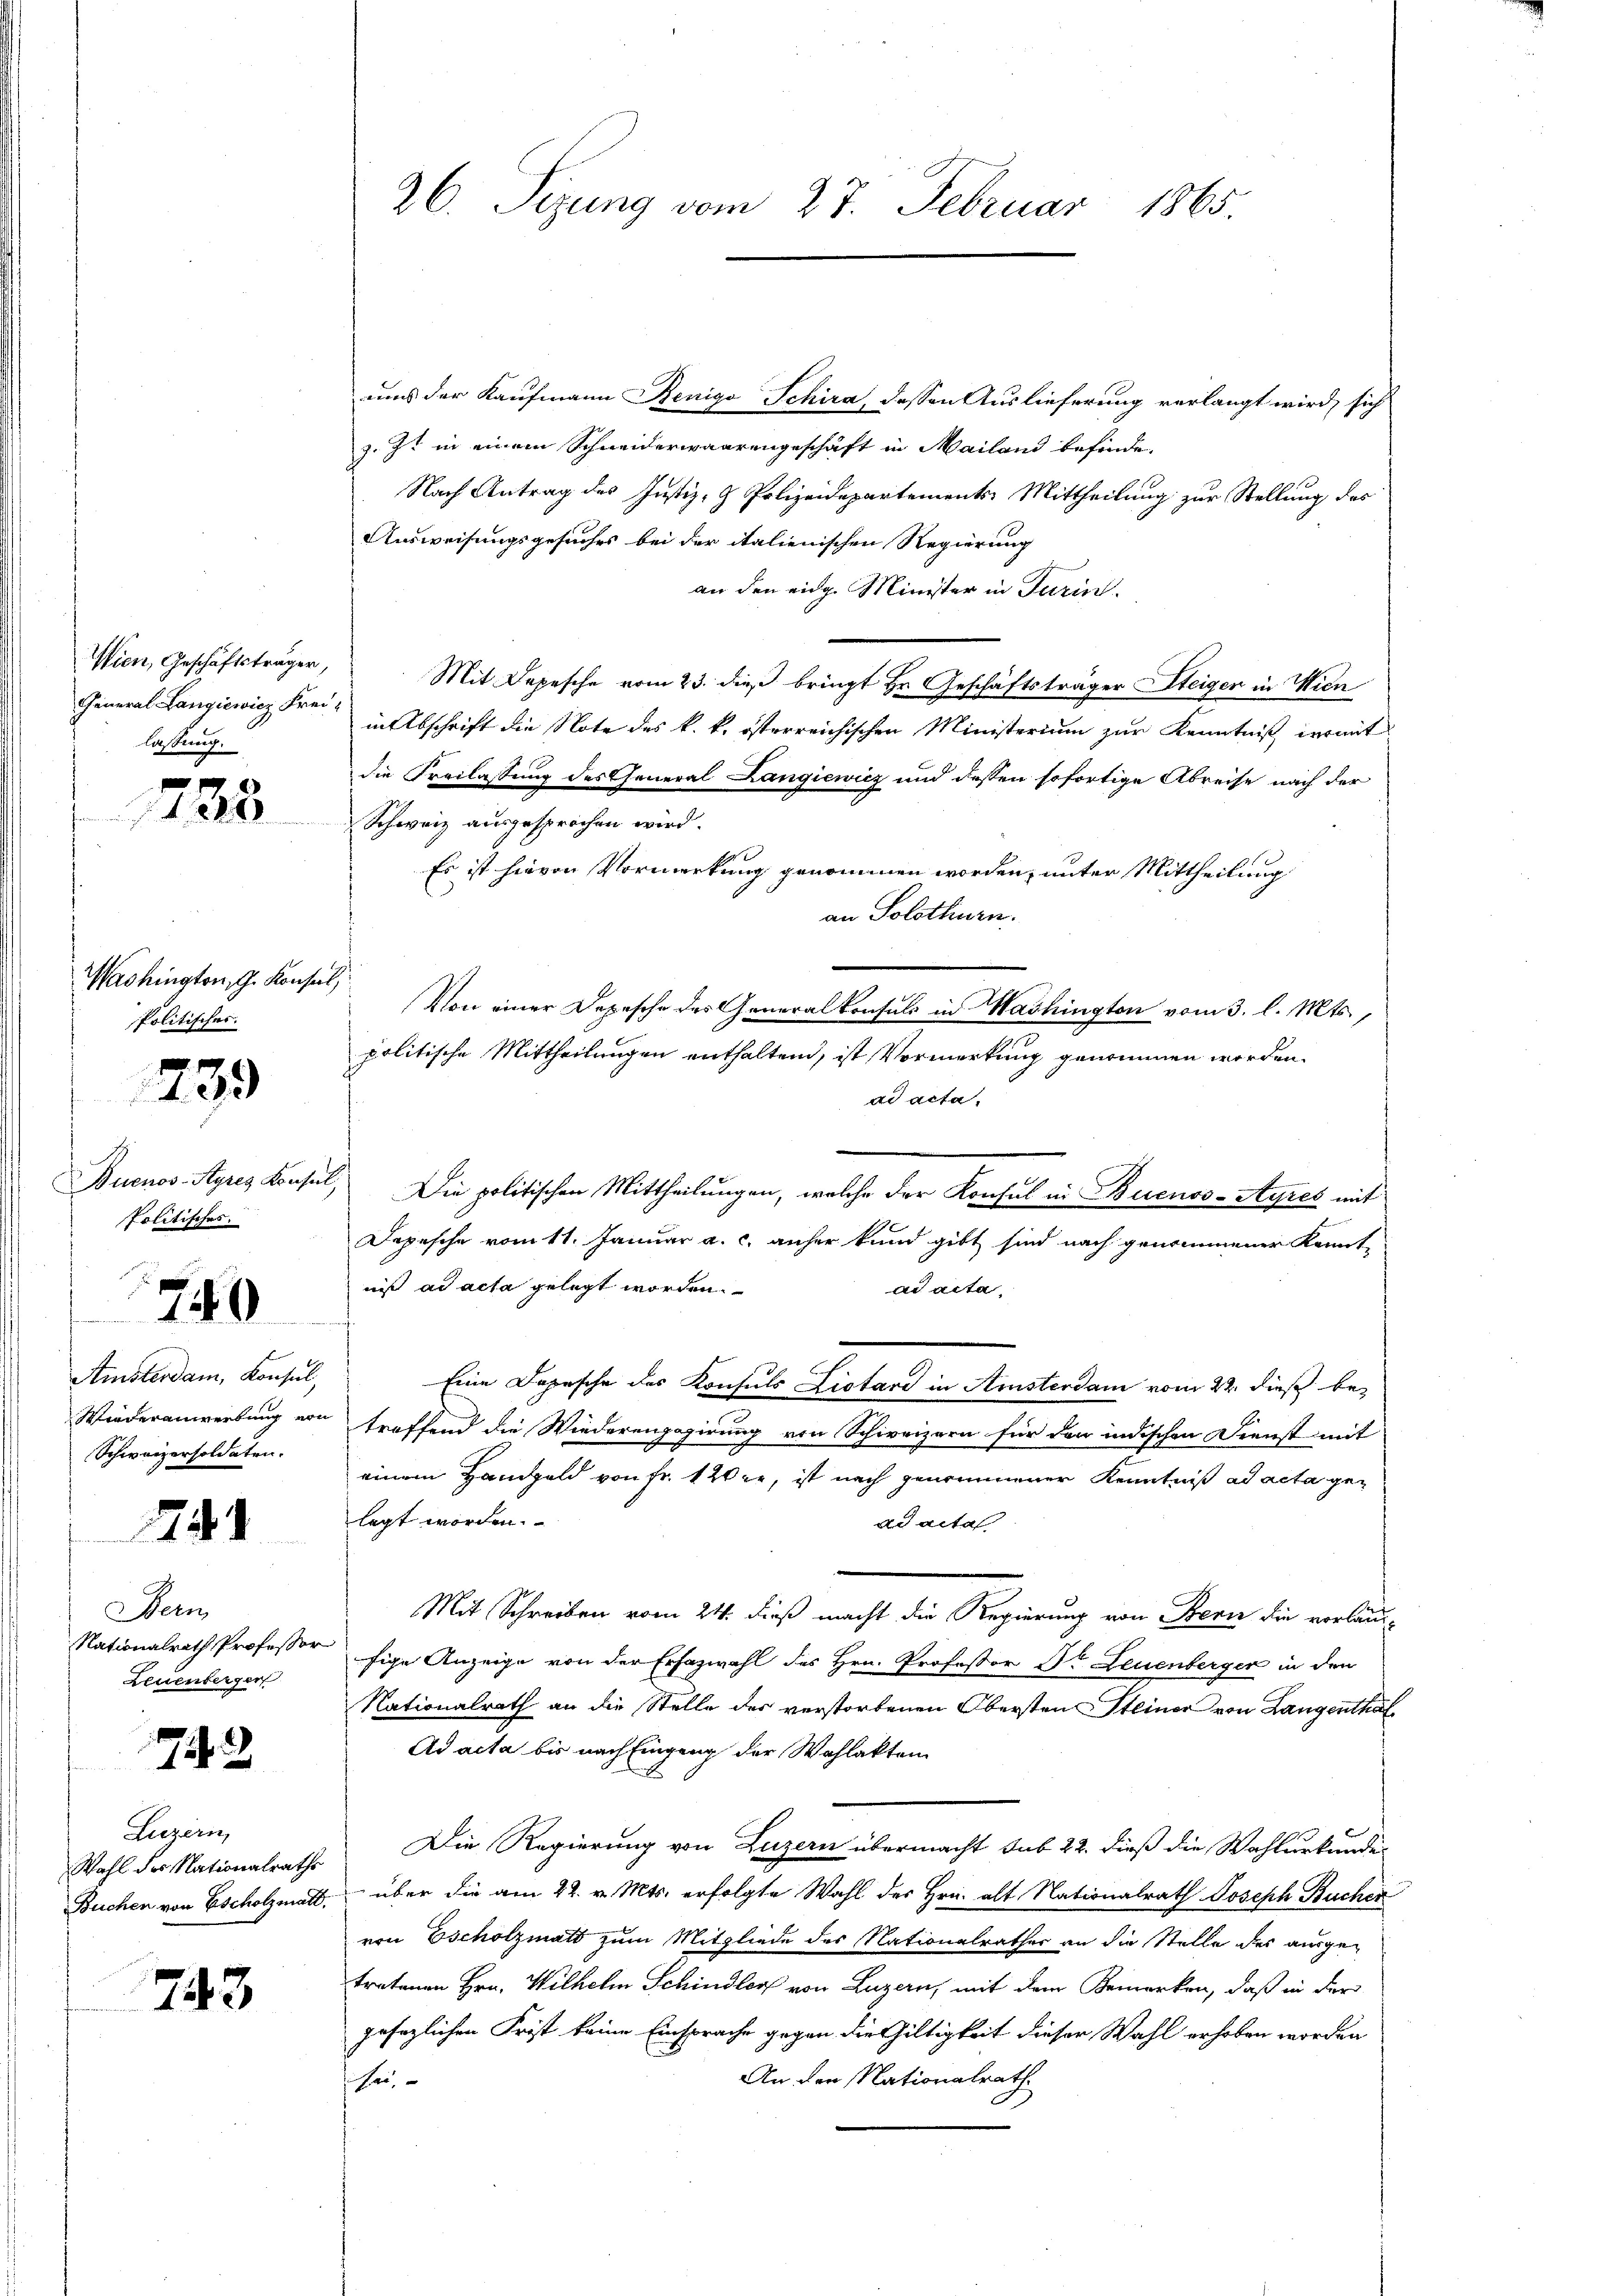
Wien, Geschäftsträger,
General Langiewicz Freilaßung.

x
1228

Washington, G. Konsul,
Politisches.

239

Politisches.
Amsterdam, Konsul,
Wiederanwerbung von
Schweizersoldaten.

1740

51

Bern
Nationalrath Professor
Leuenberger

743

Luzern,
Wahl der Nationalraths

743.

26. Sezung vom 27. Februar 1865.

ums der Kaufmann Renigs Schira, dessen Auslieferung verlangt wird, sich
z. Ist in einem Schneiderwaarengeschäft in Mailand befinde.
Nach Antrag des Justiz- & Polizeidepartements-Mittheilung zur Stellung des
Ausweisungsgesuches bei der italienischen Regierung
an den eidg. Minister in Turin
Mit Depesche vom 23. dieß bringt Hr. Geschäftsträger Steiger in Wien
in Abschrift die Note des k. k. österreichischen Ministerium zur Kenntniß der mit
die Freilassung des General Langiewicz und dessen sofortige Abreise nach der
Schweiz ausgesprochen wird.
Es ist hievon Vormerkung genommen worden, unter Mittheilung
an Solothurn.
Von einer Depesche des Generalkonsuls in Washington vom 3. l. Mts.,
politische Mittheilungen enthaltend, ist Vormerkung genommen worden.
ad acta.
Buenos-Ayres Konsul, Die politischen Mittheilungen, welche der Konsul in Buenos-Ayres mit
Depesche vom 11. Januar a. c. anher kund gibt sind nach genommener Kennt-
nis ad acta gelegt worden.
ad acta.
Eine Dopesche des Konsuls Listard in Amsterdam vom 22. dieß betreffend die Wiederengagirung von Schweizern für den indischen Dienst mit
einem Handgeld von Fr. 120 er, ist nach genommener Kenntniß ad acta gelegt worden.
ad acta
Mit Schreiben vom 24. dieß macht die Regierung von Berie die vorläufige Anzeige von der Erfazwahl des Hrn. Professor Dr Leuenberger in den
Nationalrath an die Stelle des verstorbenen Obersten Steiner von Langenthal
Ad acta bis nach Eingang der Wahlakten
Die Regierung von Luzern übermacht sub 22. dieß die Wahlurkundi¬
Buchen von Escholzmatt, über die am 22. v. Mts. erfolgte Wahl des Hrn. alt Nationalrath Joseph Bucher
von Escholzmatt zum Mitgliede des Nationalrathes an die Stelle des ausgetretenen Hrn. Wilhelm Schindler von Luzern, mit dem Bemerken, daß in der
gesezlichen Frist keine Einsprache gegen die Gültigkeit dieser Wahl erhoben worden
An den Nationalrath
e